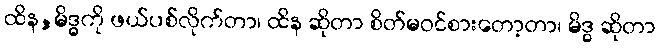
ထိန,မိဒ္ဓကို ဖယ်ပစ်လိုက်တာ၊ ထိန ဆိုတာ စိတ်မဝင်စားတော့တာ၊ မိဒ္ဓ ဆိုတာ